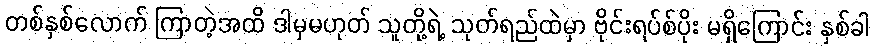
တစ်နှစ်လောက် ကြာတဲ့အထိ ဒါမှမဟုတ် သူတို့ရဲ့ သုတ်ရည်ထဲမှာ ဗိုင်းရပ်စ်ပိုး မရှိကြောင်း နှစ်ခါ